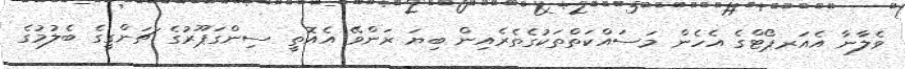
ވެލާނާ އެއަރޕޯޓްގެ އެހެން މަސައްކަތްތަކުގެތެރެއިން ބިޔަ ރަންވޭ އެއޮތީ ސިންގަޕޫރުގެ ޗަންގީގެ ބެލުމުގެ